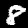
Label: 8